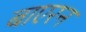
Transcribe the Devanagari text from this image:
बाएरन